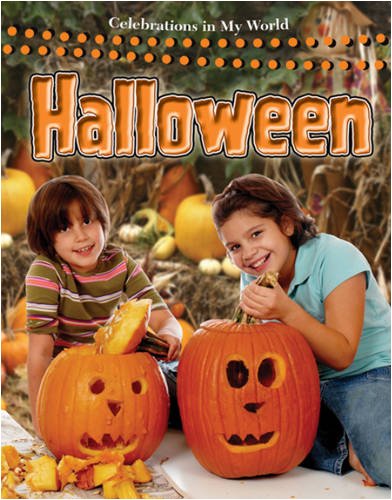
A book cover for Halloween (Celebrations in My World); Molly Aloian; Children's Books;